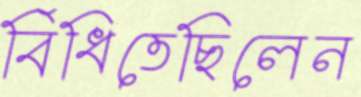
বিঁধিতেছিলেন